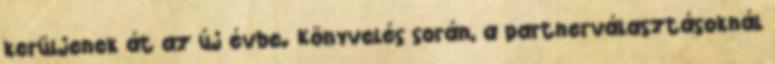
kerüljenek át az új évbe. Könyvelés során, a partnerválasztásoknál